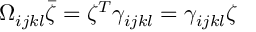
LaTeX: \Omega _ { i j k l } \bar { \zeta } = \zeta ^ { T } \gamma _ { i j k l } = \gamma _ { i j k l } \zeta